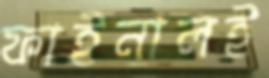
ফাইনালই